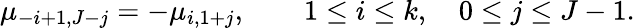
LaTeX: \mu_{-i+1,J-j}=-\mu_{i,1+j},\qquad 1\leq i\leq k,\quad 0\leq j\leq J-1.